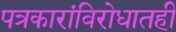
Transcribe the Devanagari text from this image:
पत्रकारांविरोधातही